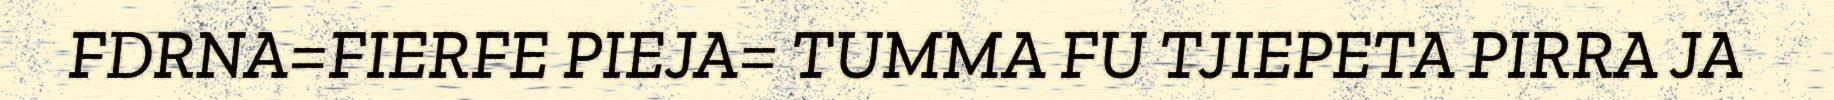
FDRNA=FIERFE PIEJA= TUMMA FU TJIEPETA PIRRA JA